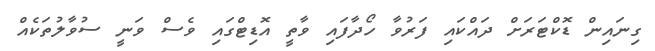
ގިނައިން ޑޮކްޓަރަށް ދައްކައި ފަރުވާ ހޯދާފައި ވާތީ އޮޑިޓްގައި ވެސް ވަނީ ސުވާލުތަކެއް